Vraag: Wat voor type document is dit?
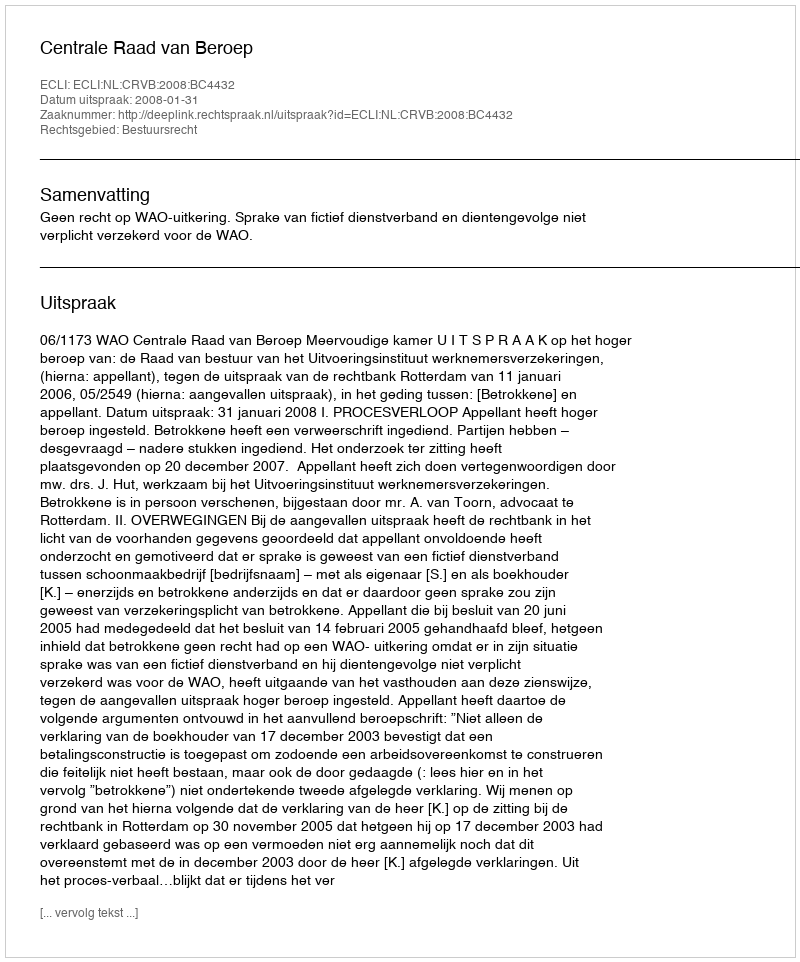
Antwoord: Uitspraak